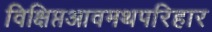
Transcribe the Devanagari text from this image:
विक्षिप्तआवमथपरिहार